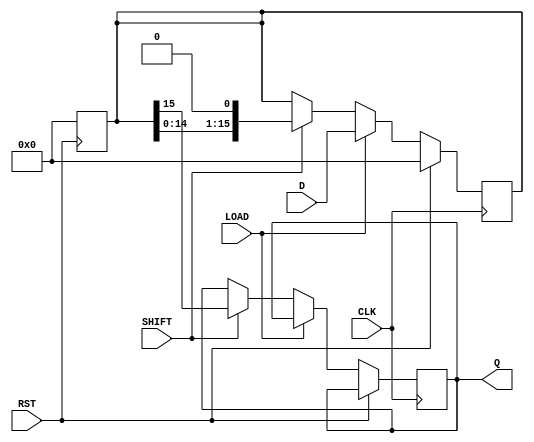
module PISO_Register (
    input wire [15:0] D,       // 16-bit parallel data input
    input wire LOAD,           // Load control signal
    input wire SHIFT,          // Shift control signal
    input wire CLK,            // Clock input
    input wire RST,            // Asynchronous reset
    output reg Q               // Serial output
);

    reg [15:0] shift_reg;      // 16-bit shift register

    // Asynchronous reset
    always @(posedge RST) begin
        shift_reg <= 16'b0;     // Clear the shift register
    end

    // Shift/Load operation
    always @(posedge CLK) begin
        if (RST) begin
            shift_reg <= 16'b0; // Reset the shift register
        end else if (LOAD) begin
            shift_reg <= D;      // Load data into the shift register
        end else if (SHIFT) begin
            Q <= shift_reg[15];  // Output the MSB
            shift_reg <= shift_reg << 1; // Shift left
        end
    end

endmodule